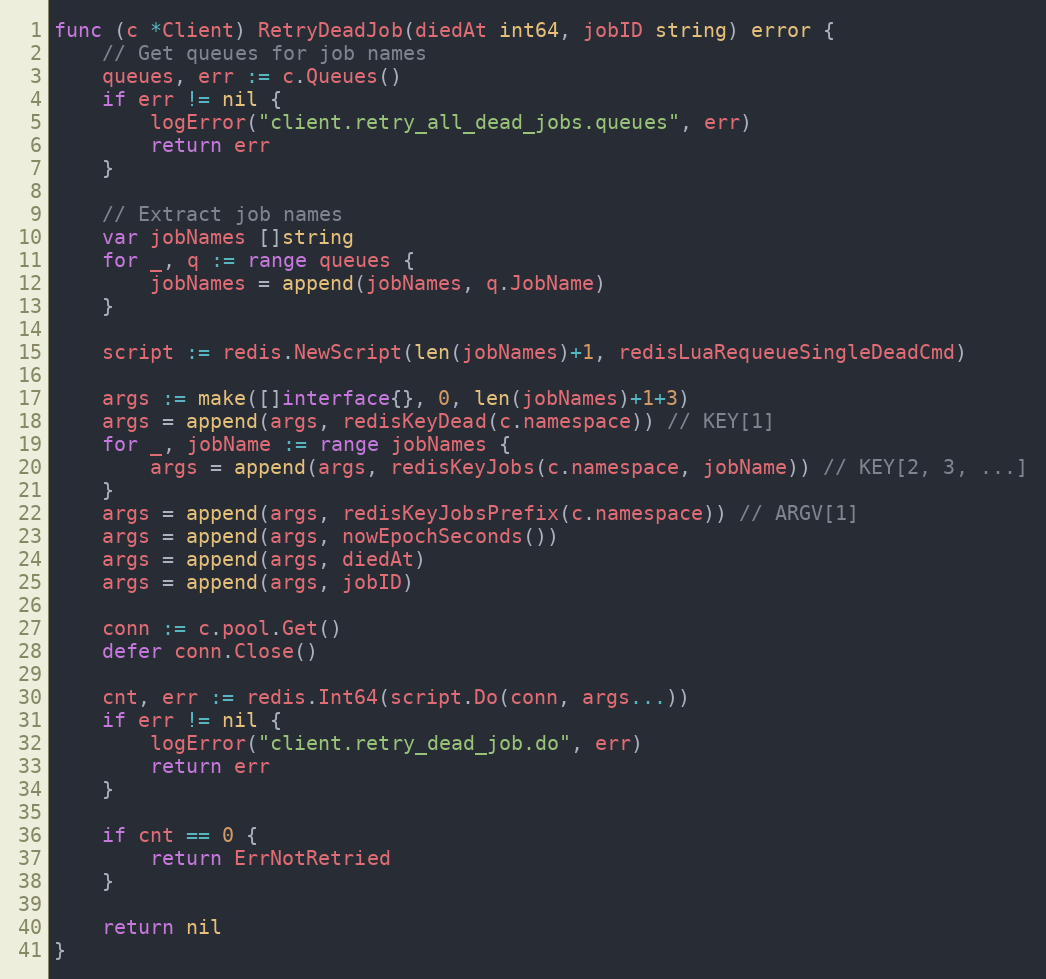
Language: Go
func (c *Client) RetryDeadJob(diedAt int64, jobID string) error {
	// Get queues for job names
	queues, err := c.Queues()
	if err != nil {
		logError("client.retry_all_dead_jobs.queues", err)
		return err
	}

	// Extract job names
	var jobNames []string
	for _, q := range queues {
		jobNames = append(jobNames, q.JobName)
	}

	script := redis.NewScript(len(jobNames)+1, redisLuaRequeueSingleDeadCmd)

	args := make([]interface{}, 0, len(jobNames)+1+3)
	args = append(args, redisKeyDead(c.namespace)) // KEY[1]
	for _, jobName := range jobNames {
		args = append(args, redisKeyJobs(c.namespace, jobName)) // KEY[2, 3, ...]
	}
	args = append(args, redisKeyJobsPrefix(c.namespace)) // ARGV[1]
	args = append(args, nowEpochSeconds())
	args = append(args, diedAt)
	args = append(args, jobID)

	conn := c.pool.Get()
	defer conn.Close()

	cnt, err := redis.Int64(script.Do(conn, args...))
	if err != nil {
		logError("client.retry_dead_job.do", err)
		return err
	}

	if cnt == 0 {
		return ErrNotRetried
	}

	return nil
}